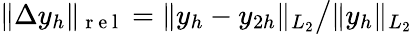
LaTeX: \| \Delta y_{h}\| _{\mathrm{~r~e~l~}}={\| y_{h}-y_{2h}\| _{L_{2}}}\big/{\| y_{h}\| _{L_{2}}}